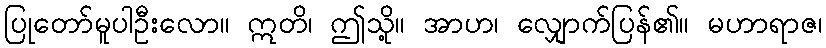
ပြုတော်မူပါဦးလော။ ဣတိ၊ ဤသို့။ အာဟ၊ လျှောက်ပြန်၏။ မဟာရာဇ၊